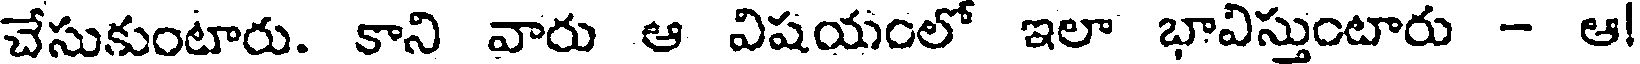
చేసుకుంటారు. కాని వారు ఆ విషయంలో ఇలా భావిస్తుంటారు - ఆ!